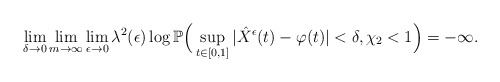
\begin{align*}\lim_{\delta\to0}\lim_{m\to\infty}\lim_{\epsilon\to0}\lambda^2(\epsilon)\log\mathbb P\Big(\sup_{t\in[0,1]}|\hat{X}^{\epsilon}(t)-\varphi(t)|<\delta, \chi_2<1\Big)=-\infty.\end{align*}